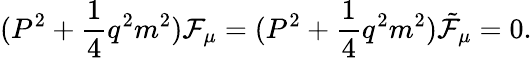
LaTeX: (P^{2}+\frac{1}{4}q^{2}m^{2}){\cal F}_{\mu}=(P^{2}+\frac{1}{4}q^{2}m^{2}){\tilde{\cal F}}_{\mu}=0.